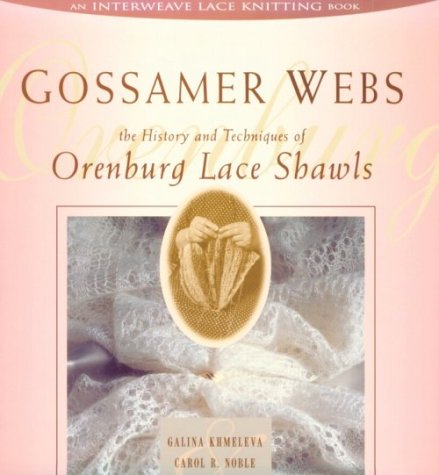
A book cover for Gossamer Webs: The History and Techniques of Orenburg Lace Shawls; Galina Khmeleva; Crafts, Hobbies & Home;